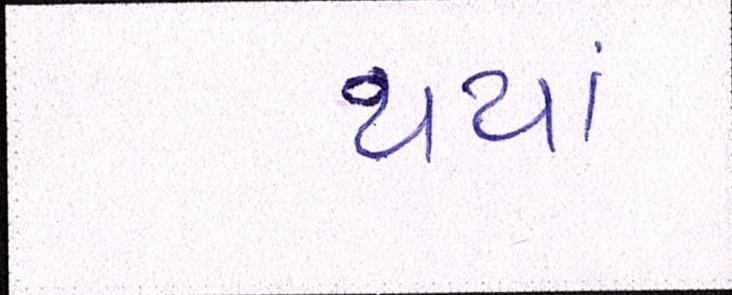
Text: થયાં